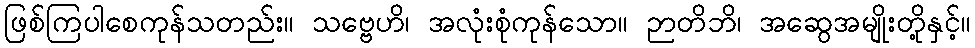
ဖြစ်ကြပါစေကုန်သတည်း။ သဗ္ဗေဟိ၊ အလုံးစုံကုန်သော။ ဉာတိဘိ၊ အဆွေအမျိုးတို့နှင့်။